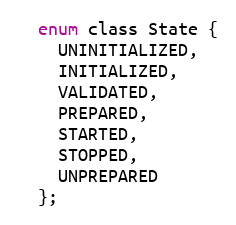
Language: C
  enum class State {
    UNINITIALIZED,
    INITIALIZED,
    VALIDATED,
    PREPARED,
    STARTED,
    STOPPED,
    UNPREPARED
  };